Leaving Certificate Examination, 1919
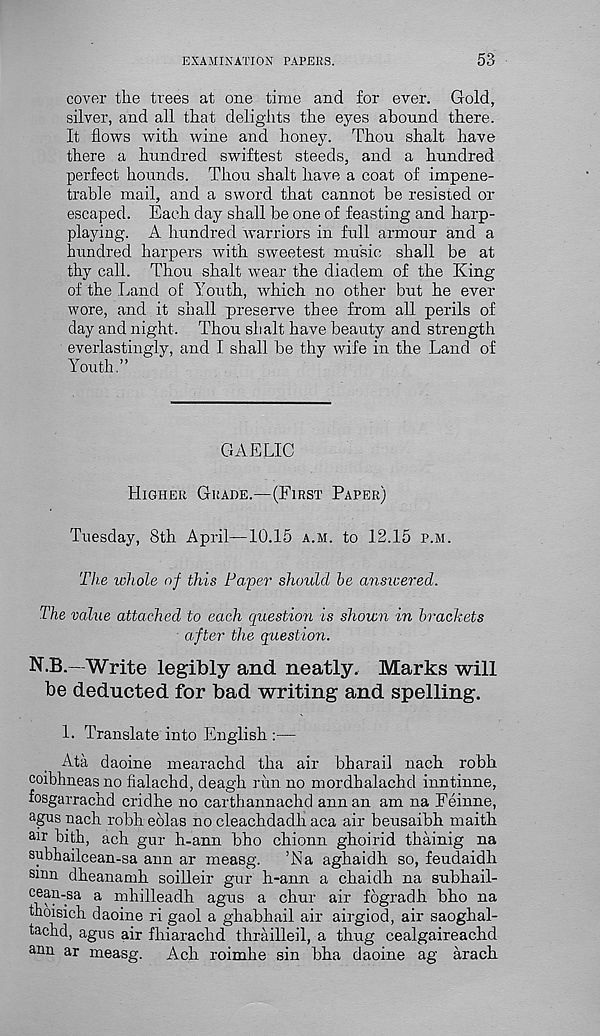
EXAMINATION PAPERS.
53
cover the trees at one time and for ever. Gold,
silver, and all that delights the eyes abound there.
It flows with wine and honey. Thou shalt have
there a hundred swiftest steeds, and a hundred
perfect hounds. Thou shalt have a coat of impene-
trable mail, and a sword that cannot be resisted or
escaped. Each day shall be one of feasting and harp-
playing. A hundred warriors in full armour and a
hundred harpers with sweetest music shall be at
thy call. Thou shalt wear the diadem of the King
of the Land of Youth, w r hich no other but he ever
wore, and it shall preserve thee from all perils of
day and night. Thou shalt have beauty and strength
everlastingly, and I shall be thy wife in the Land of
Youth.”
GAELIC
Higher Grade.—(First Paper)
Tuesday, 8th April—10.15 a.m. to 12.15 p.m.
The whole of this Paper should he answered.
The value attached to each question is shown in brackets
after the question.
N.B.—Write legibly and neatly, Marks will
be deducted for bad writing and spelling.
L Translate into English :—
Ata daoine mearachd tha air bbarail nach robh
coibhneas no fialachd, deagh run no mordhalachd inntinne,
fosgarrachd cridhe no carthannachd annan am na Feinne,
agus nach robh eolas no cleachdadh aca air beusaibh maith
air bith, ach gur h-ann bho chionn ghoirid thainig na
subhailcean-sa ann ar measg.
’Na aghaidh so, feudaidh
sum dheanamh soilleir gur h-ann a chaidh na subhail-
“aii-sa a mhilleadh agus a chur air fogradh bho na
thoisich daoine ri gaol a ghabhail air airgiod, air saoghal-
tachd, agus air fluarachd thrailleil, a thug cealgaireachd
ann ar measg.
Ach roimhe sin bha daoine ag arach